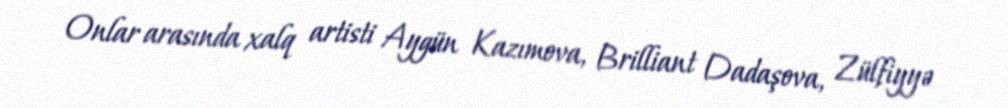
Onlar arasında xalq artisti Aygün Kazımova, Brilliant Dadaşova, Zülfiyyə